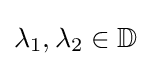
\lambda _{1},\lambda _{2}\in \mathbb {D}